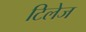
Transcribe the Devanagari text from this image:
टिलेज